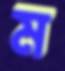
ম